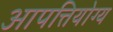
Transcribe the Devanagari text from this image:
आपत्तियोग्य